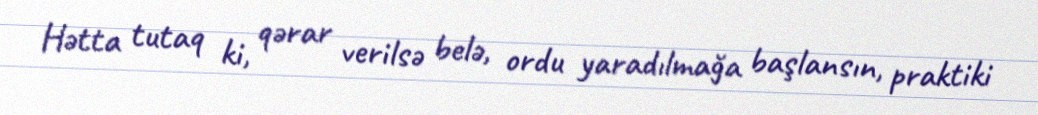
Hətta tutaq ki, qərar verilsə belə, ordu yaradılmağa başlansın, praktiki